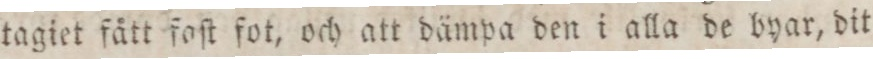
tagiet fått foſt fot, och att dämpa den i alla de byar, dit